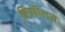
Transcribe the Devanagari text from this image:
मिडफील्डरों